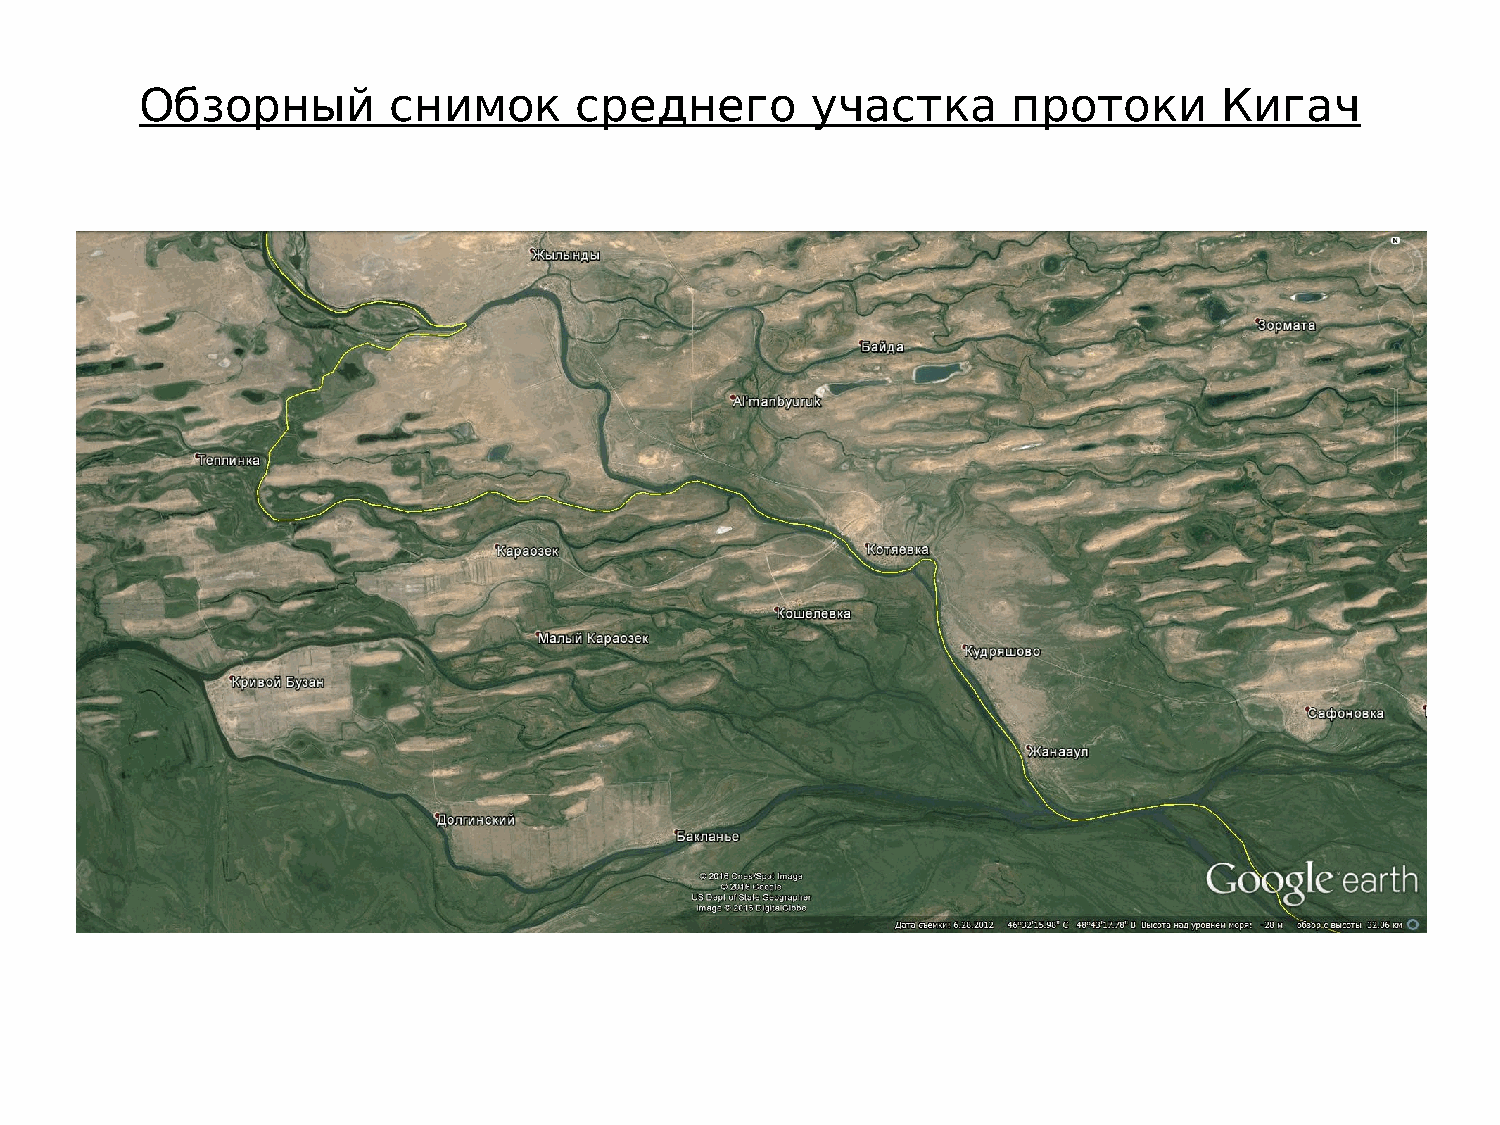
Обзорный         снимок      среднего        участка      протоки       Кигач